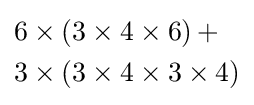
{\begin{aligned}&6\times (3\times 4\times 6)\,+\\&3\times (3\times 4\times 3\times 4)\end{aligned}}